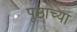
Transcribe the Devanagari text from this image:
पृष्ठाच्या